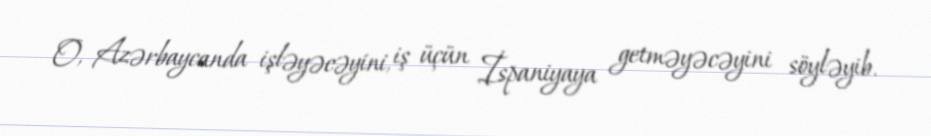
O, Azərbaycanda işləyəcəyini, iş üçün İspaniyaya getməyəcəyini söyləyib.